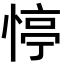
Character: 𢝜